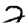
Digit: 2